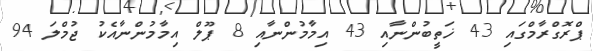
ޕްރޮގްރާމްގައި 43 ޚަތީބުންނާއި 43 އިމާމުންނާއި 8 ޕޫލް އިމާމުންނާއެކު ޖުމްލަ 94